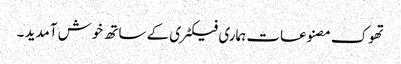
تھوک مصنوعات ہماری فیکٹری کے ساتھ خوش آمدید ۔